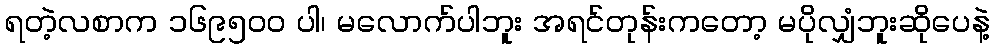
ရတဲ့လစာက ၁၆၉၅၀၀ ပါ၊ မလောက်ပါဘူး အရင်တုန်းကတော့ မပိုလျှံဘူးဆိုပေနဲ့